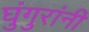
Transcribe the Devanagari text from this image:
घुंगुरांनी